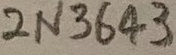
Text: 2N3643